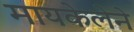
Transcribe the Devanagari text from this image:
मायकेलेने